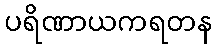
ပရိဏာယကရတန